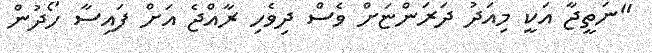
"ނަތީޖާ އަކީ މިއަދު ދަރަންޏަށް ވެސް ދިވެހި ރާއްޖެ އަށް ފައިސާ ހޯދުން